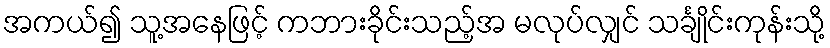
အကယ်၍ သူ့အနေဖြင့် ကဘားခိုင်းသည့်အ မလုပ်လျှင် သင်္ချိုင်းကုန်းသို့